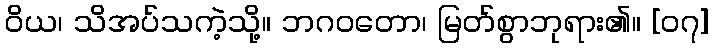
ဝိယ၊ သိအပ်သကဲ့သို့။ ဘဂဝတော၊ မြတ်စွာဘုရား၏။ [၀၇]